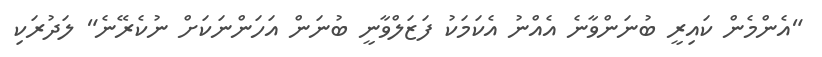
"އެންމެން ކައިރީ ބުނަންވާނެ އެއްނު އެކަމަކު ފަޒަލްވާނީ ބުނަން އަހަންނަކަށް ނުކެރޭނެ" ލަދުރަކި